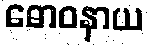
ဓောဝနာယ